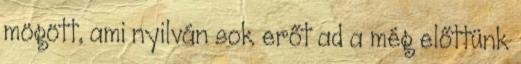
mögött, ami nyilván sok erőt ad a még előttünk